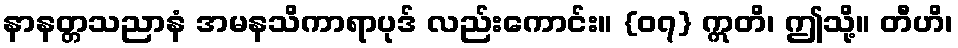
နာနတ္တသညာနံ အမနသိကာရာပုဒ် လည်းကောင်း။ {၀၇} ဣတိ၊ ဤသို့။ တီဟိ၊